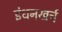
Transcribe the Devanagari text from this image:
इंधनखर्च